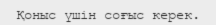
Қоныс үшін соғыс керек.